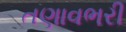
તણાવભરી